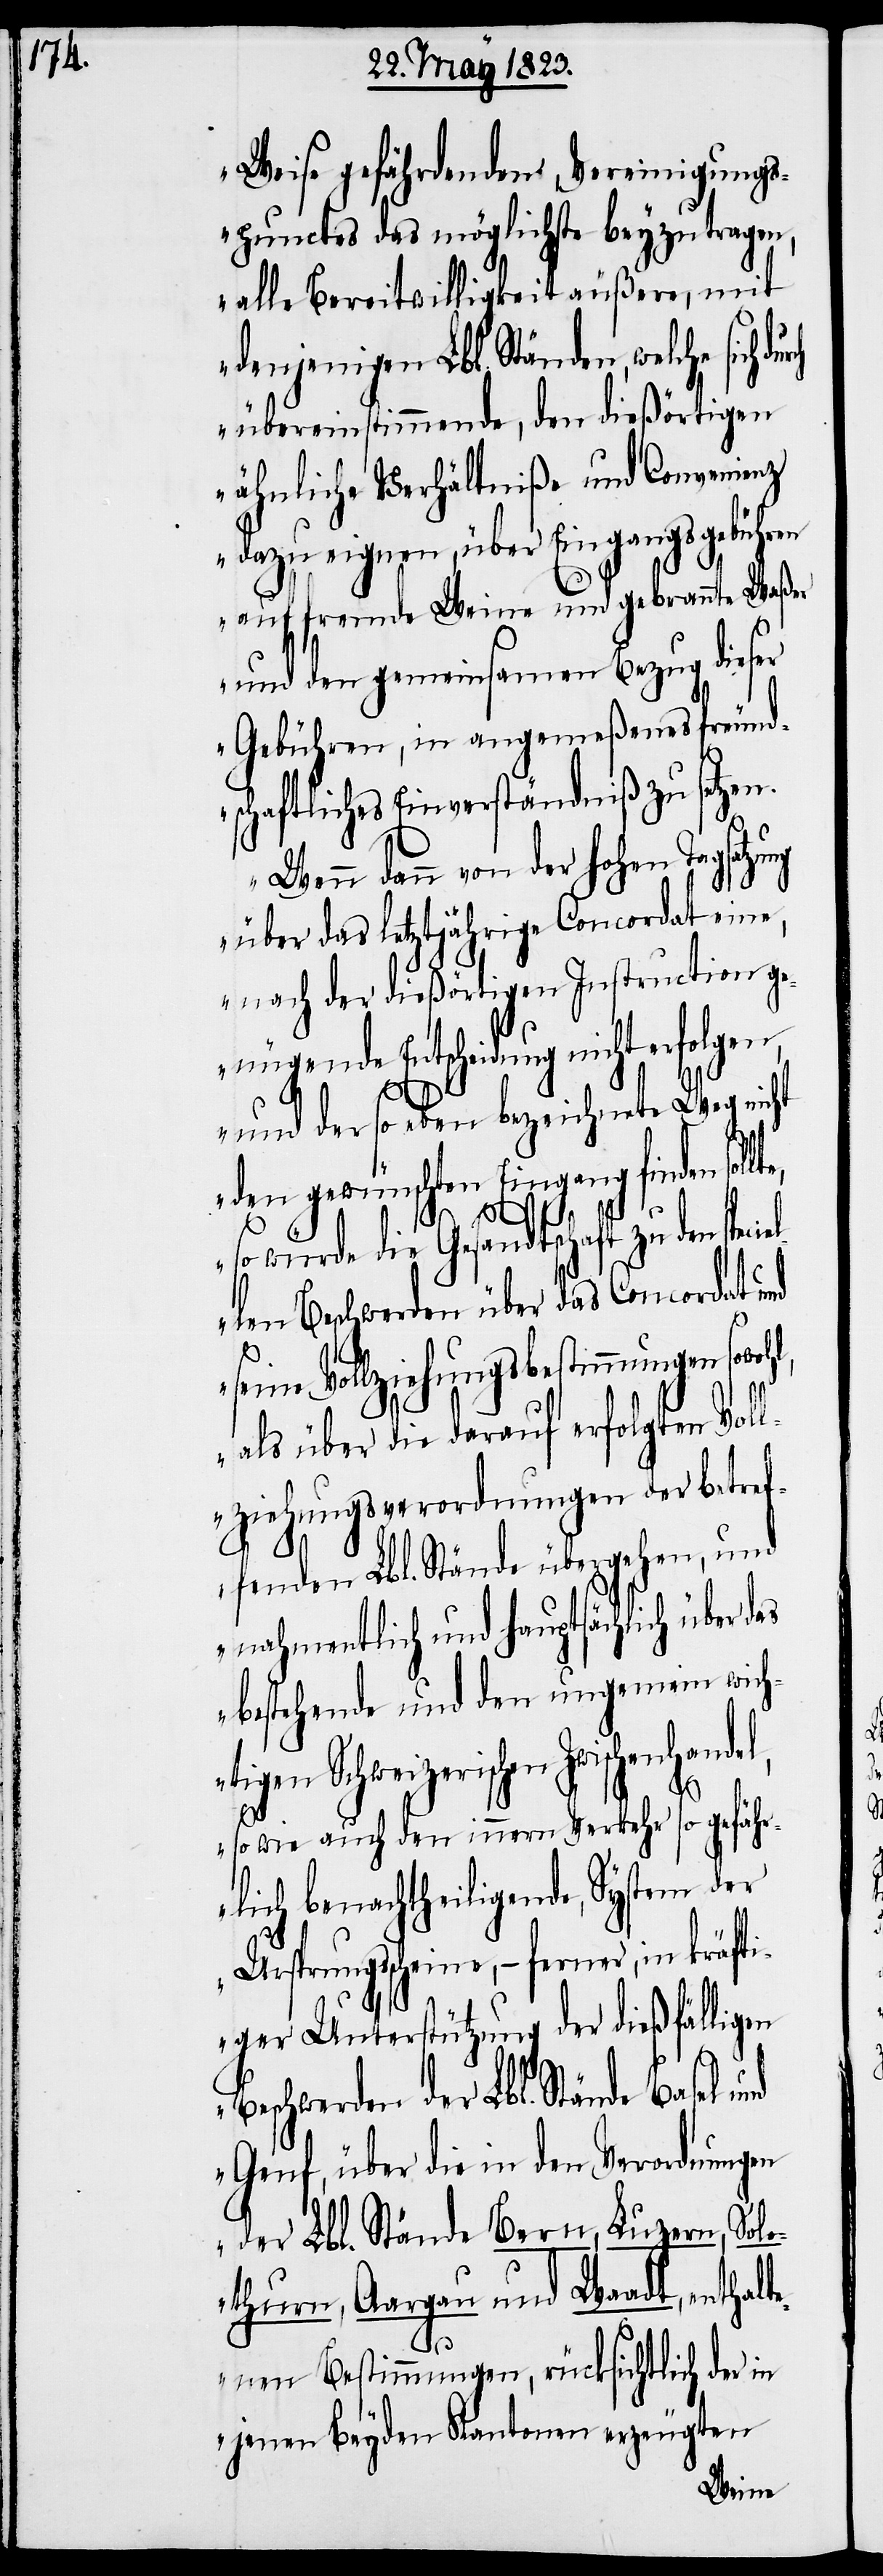
Weise gefährdenden, Vereinigungs¬
punctes das möglichste beyzutragen,
alle Bereitwilligkeit äußere, mit
denjenigen Lbl. Ständen, welche
übereinstimmende, den dießörtigen
ähnliche Verhältniße und Convenienz
dazu eignen, über Eingangsgebühren
auf fremde Weine und gebrannte Waßer
und den gemeinsamen Bezug dieser
Gebühren, in angemeßenes freund¬
schaftliches Einverständniß zu setzen.
Wenn dann von der hohen Tagsatzu¬
ng über das letztjährige Concordat eine,
nach der dießörtigen Instruction ge¬
nügende Entscheidung nicht erfolgen,
und der so eben bezeichnete Weg nicht
den gewünschten Eingang finden sol¬
so würde die Gesandtschaft zu den specie¬
llen Beschwerden über das Concordat und
seine Vollziehungsbestimmungen
als über die darauf erfolgten Voll¬
ziehungsverordnungen der betref¬
fenden Lbl. Stände übergehen, und
nahmentlich und hauptsächlich über
bestehende und den ungemein wich¬
tigen Schweizerischen Zwischenhand¬
el,
sowie auch den innern Verkehr so gefähr¬
lich benachtheiligende, System der
Ursprungsscheine, – ferner, in kräfti¬
ger Unterstützung der dießfälligen
Beschwerden der Lbl. Stände Basel
Genf, über die in den Verordnungen
der Lbl. Stände Bern, Luzern, Solo¬
thurn, Aargau und Waadt, enthalt¬
enen Bestimmungen, rücksichtlich der in
jenen Beyden Kantonen erzeugten